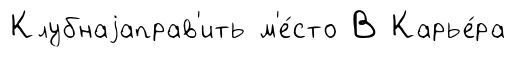
Клубнаjаправ'ить м'е́сто В Карье́ра